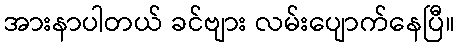
အားနာပါတယ် ခင်ဗျား လမ်းပျောက်နေပြီ။